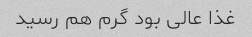
غذا عالی بود گرم هم رسید